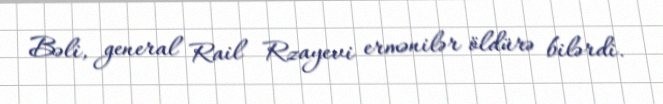
Bəli, general Rail Rzayevi ermənilər öldürə bilərdi.